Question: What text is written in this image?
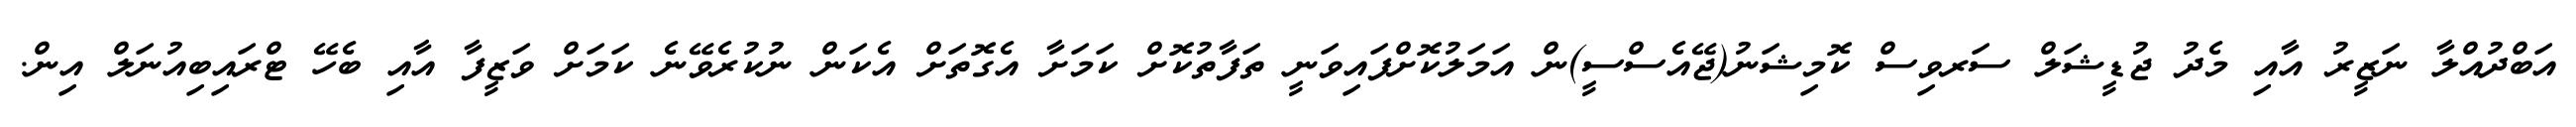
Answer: އަބްދުއްލާ ނަޒީރު އާއި މެދު ޖުޑީޝަލް ސަރވިސް ކޮމިޝަނު(ޖޭއެސްސީ)ން އަމަލުކޮށްފައިވަނީ ތަފާތުކޮށް ކަމަށާ އެގޮތަށް އެކަން ނުކުރެވޭނެ ކަމަށް ވަޒީފާ އާއި ބެހޭ ޓްރައިބިއުނަލް އިން.